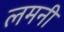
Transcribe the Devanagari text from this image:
लमनी